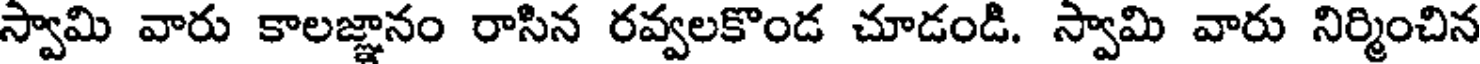
స్వామి వారు కాలజ్ఞానం రాసిన రవ్వలకొండ చూడండి. స్వామి వారు నిర్మించిన